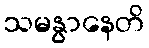
သမနွာနေတိ